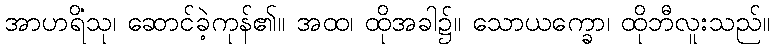
အာဟရိံသု၊ ဆောင်ခဲ့ကုန်၏။ အထ၊ ထိုအခါ၌။ သောယက္ခော၊ ထိုဘီလူးသည်။